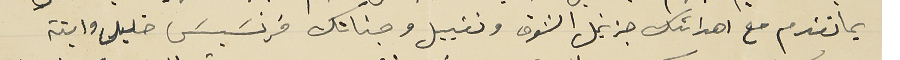
بما تقدم مع اهدائك جزيل الشوق وتقبيل وجناتك فرنسَيسَ خليل وابنة